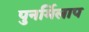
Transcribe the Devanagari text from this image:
पुनर्मिलाप